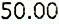
50.00